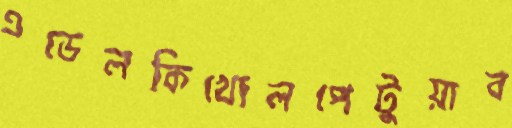
এডেলকিখোলপেটুয়াব